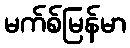
မက်စ်မြန်မာ